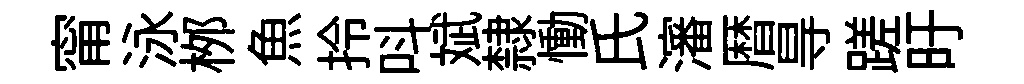
甯泳桞魚拎呌斌隸慟氏瀋暦㝵蹉旴